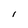
Character: I